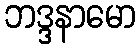
ဘဒ္ဒနာမော